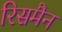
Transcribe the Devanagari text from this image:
रिसमैन